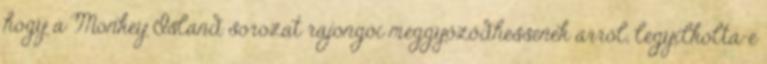
hogy a Monkey Island sorozat rajongói meggyőződhessenek arról, legyilkolta-e